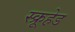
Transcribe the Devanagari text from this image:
स्क्रूहेड